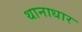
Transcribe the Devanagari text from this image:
थानाधार